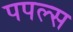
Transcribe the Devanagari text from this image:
पपल्स